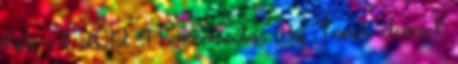
feb - 11 2012 4 hozzászólás By Torok Jozsef